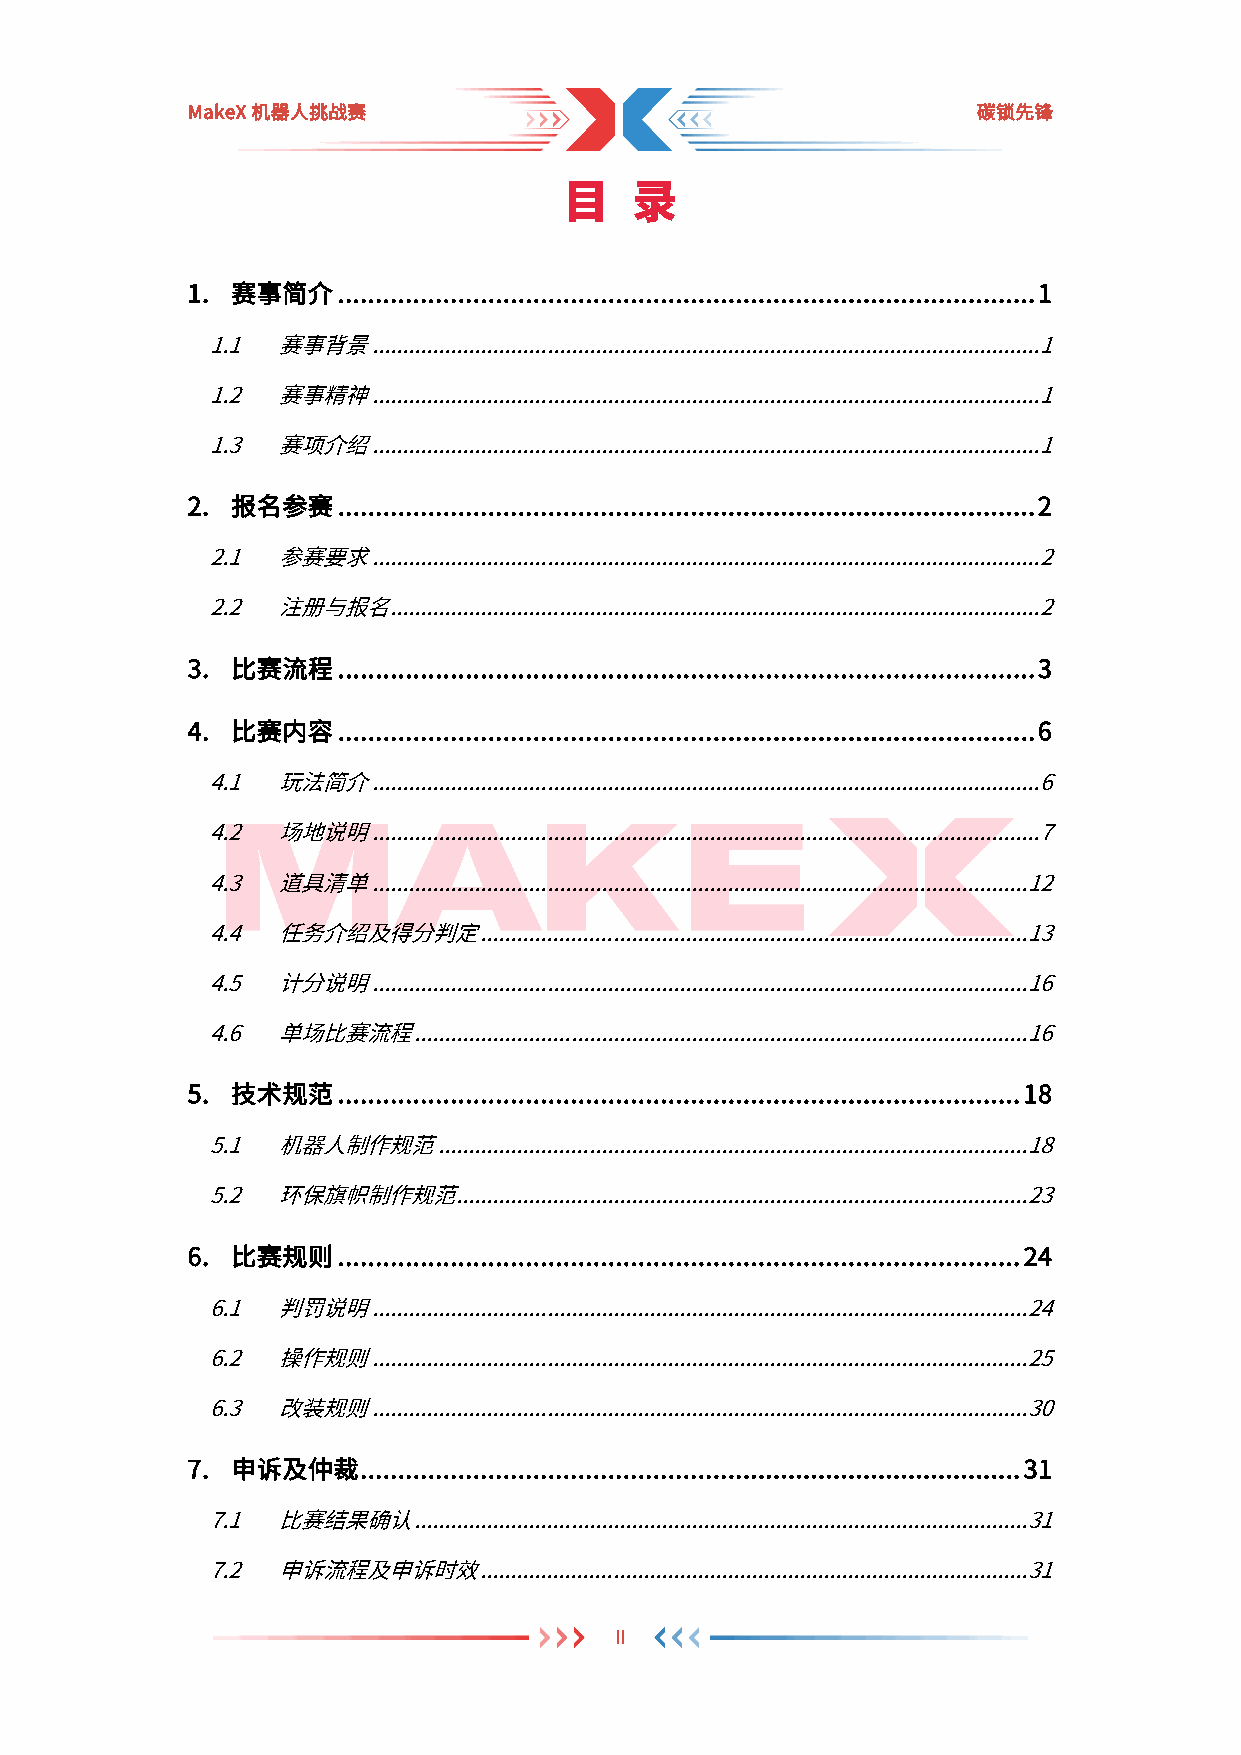
MakeX机器人挑战赛                                          碳锁先锋
 目    录
 1. 赛事简介   ............................................................................................. 1
 1.1  赛事背景  ............................................................................................................... 1
 1.2  赛事精神  ............................................................................................................... 1
 1.3  赛项介绍  ............................................................................................................... 1
 2. 报名参赛   ............................................................................................. 2
 2.1  参赛要求  ............................................................................................................... 2
 2.2  注册与报名  ............................................................................................................ 2
 3. 比赛流程   ............................................................................................. 3
 4. 比赛内容   ............................................................................................. 6
 4.1  玩法简介  ............................................................................................................... 6
 4.2  场地说明  ............................................................................................................... 7
 4.3  道具清单  ............................................................................................................. 12
 4.4  任务介绍及得分判定    ........................................................................................... 13
 4.5  计分说明  ............................................................................................................. 16
 4.6  单场比赛流程   ...................................................................................................... 16
 5. 技术规范   ........................................................................................... 18
 5.1  机器人制作规范   .................................................................................................. 18
 5.2  环保旗帜制作规范    ............................................................................................... 23
 6. 比赛规则   ........................................................................................... 24
 6.1  判罚说明  ............................................................................................................. 24
 6.2  操作规则  ............................................................................................................. 25
 6.3  改装规则  ............................................................................................................. 30
 7. 申诉及仲裁    ........................................................................................ 31
 7.1  比赛结果确认   ...................................................................................................... 31
 7.2  申诉流程及申诉时效    ........................................................................................... 31
 II